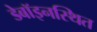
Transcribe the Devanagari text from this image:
डेबॉइनस्थित